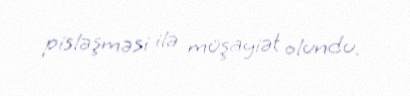
pisləşməsi ilə müşayiət olundu.